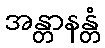
အန္တာနန္တံ